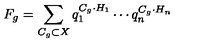
F _ { g } = \sum _ { C _ { g } \subset X } q _ { 1 } ^ { C _ { g } \cdot H _ { 1 } } \cdots q _ { n } ^ { C _ { g } \cdot H _ { n } }